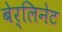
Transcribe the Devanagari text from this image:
बेर्लिनेट